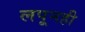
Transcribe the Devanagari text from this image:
लपूनही